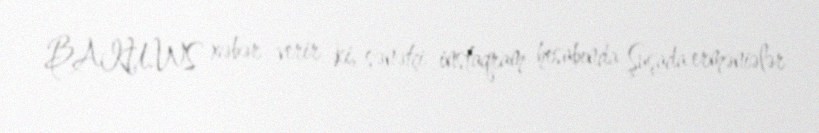
BAKU.WS xəbər verir ki, sənətçi instaqram hesabında Şuşada erməniələr